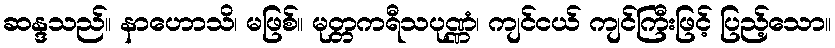
ဆန္ဒသည်။ နာဟောသိ၊ မဖြစ်။ မုတ္တကရီသပုဏ္ဏံ၊ ကျင်ငယ် ကျင်ကြီးဖြင့် ပြည့်သော။